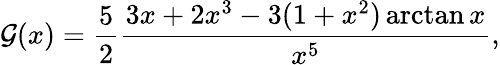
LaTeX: \mathcal{G}(x)=\frac{5}{2}\frac{3x+2x^{3}-3(1+x^{2})\arctan x}{x^{5}},